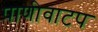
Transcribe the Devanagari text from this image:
पाणीवाटप